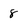
Character: 8